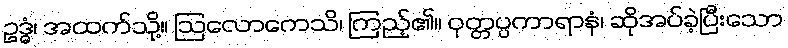
ဥဒ္ဓံ၊ အထက်သို့။ ဩလောကေသိ၊ ကြည့်၏။ ဝုတ္တပ္ပကာရာနံ၊ ဆိုအပ်ခဲ့ပြီးသော